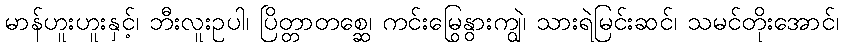
မာန်ဟူးဟူးနှင့်၊ ဘီးလူးဥပါ၊ ပြိတ္တာတစ္ဆေ၊ ကင်းမြွေနွားကျွဲ၊ သားရဲမြင်းဆင်၊ သမင်တိုးအောင်၊